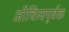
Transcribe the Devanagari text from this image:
औचित्यपूर्वक